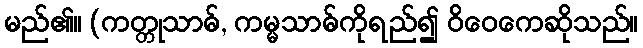
မည်၏။ (ကတ္တုသာဓ်, ကမ္မသာဓ်ကိုရည်၍ ဝိဝေကေဆိုသည်။